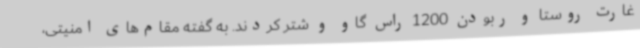
غارت روستا و ربودن 1200 راس گاو و شتر کردند. به گفته مقام‌های امنیتی،